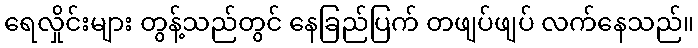
ရေလှိုင်းများ တွန့်သည်တွင် နေခြည်ပြက် တဖျပ်ဖျပ် လက်နေသည်။